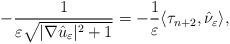
LaTeX: \begin{align*}-\dfrac{1}{\varepsilon\sqrt{|\nabla \hat{u}_{\varepsilon}|^2+1}}=-\frac{1}{\varepsilon}\langle\tau_{n+2},\hat{\nu}_{\varepsilon}\rangle,\end{align*}